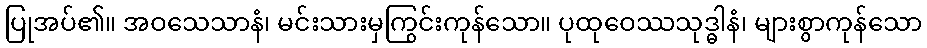
ပြုအပ်၏။ အဝသေသာနံ၊ မင်းသားမှကြွင်းကုန်သော။ ပုထုဝေဿသုဒ္ဓါနံ၊ များစွာကုန်သော